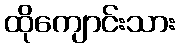
ထိုကျောင်းသား